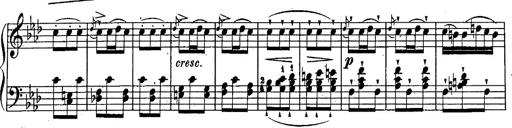
Title: Schubert's Impromptus [revised and edited by Franz Liszt]
Composer: Franz Liszt